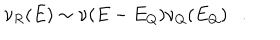
\nu _ { R } ( E ) \sim \nu ( E - E _ { Q } ) \nu _ { Q } ( E _ { Q } ) .